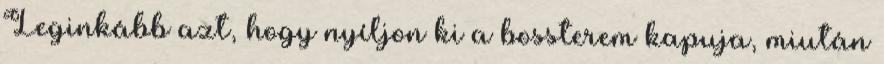
Leginkább azt, hogy nyíljon ki a bossterem kapuja, miután